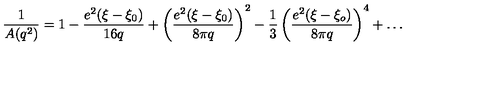
\frac { 1 } { A ( q ^ { 2 } ) } = 1 - \frac { e ^ { 2 } ( \xi - \xi _ { 0 } ) } { 1 6 q } + \left( \frac { e ^ { 2 } ( \xi - \xi _ { 0 } ) } { 8 \pi q } \right) ^ { 2 } - \frac { 1 } { 3 } \left( \frac { e ^ { 2 } ( \xi - \xi _ { o } ) } { 8 \pi q } \right) ^ { 4 } + \ldots